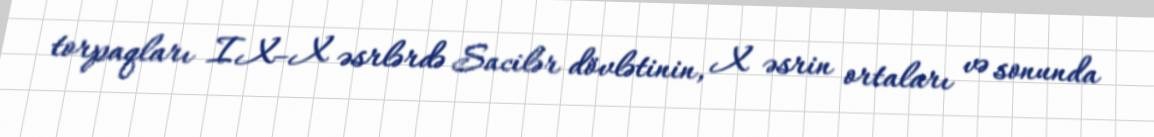
torpaqları IX–X əsrlərdə Sacilər dövlətinin, X əsrin ortaları və sonunda